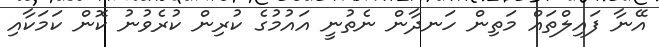
އޭނާ ފައިލްތައް މަތިން ހަނދާން ނެތުނީ އައުމުގެ ކުރިން ކުރެވުނު ކޮން ކަމަކާއި